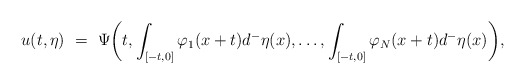
\begin{align*}u(t,\eta) \ = \ \Psi\bigg(t,\int_{[-t,0]}\varphi_1(x+t)d^-\eta(x),\ldots,\int_{[-t,0]}\varphi_N(x+t)d^-\eta(x)\bigg),\end{align*}